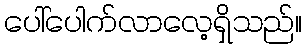
ပေါ်ပေါက်လာလေ့ရှိသည်။